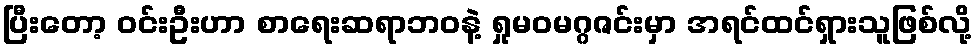
ပြီးတော့ ဝင်းဦးဟာ စာရေးဆရာဘဝနဲ့ ရှုမဝမဂ္ဂဇင်းမှာ အရင်ထင်ရှားသူဖြစ်လို့